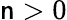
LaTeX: \mathsf{n}>0